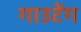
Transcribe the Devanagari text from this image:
गाउटेंग